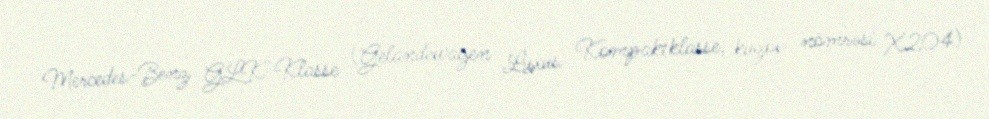
Mercedes-Benz GLK-Klasse (Geländewagen Luxus Kompaktklasse, kuzov nömrəsi X204)